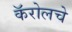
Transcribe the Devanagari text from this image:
कॅरोलचे